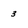
Character: 3